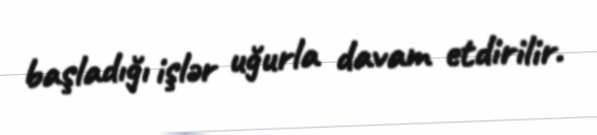
başladığı işlər uğurla davam etdirilir.